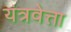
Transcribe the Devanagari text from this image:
यंत्रवेत्ता